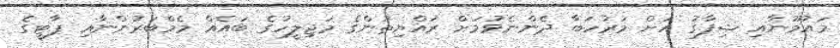
މައުމޫނާއި ޝިފާގު އަށް މަރުހަބާ ދެންނެވުމަށް ރައްޔިތުންގެ މަޖިލީހުގެ ބައެއް މެމްބަރުންނާއި ޕާޓީގެ